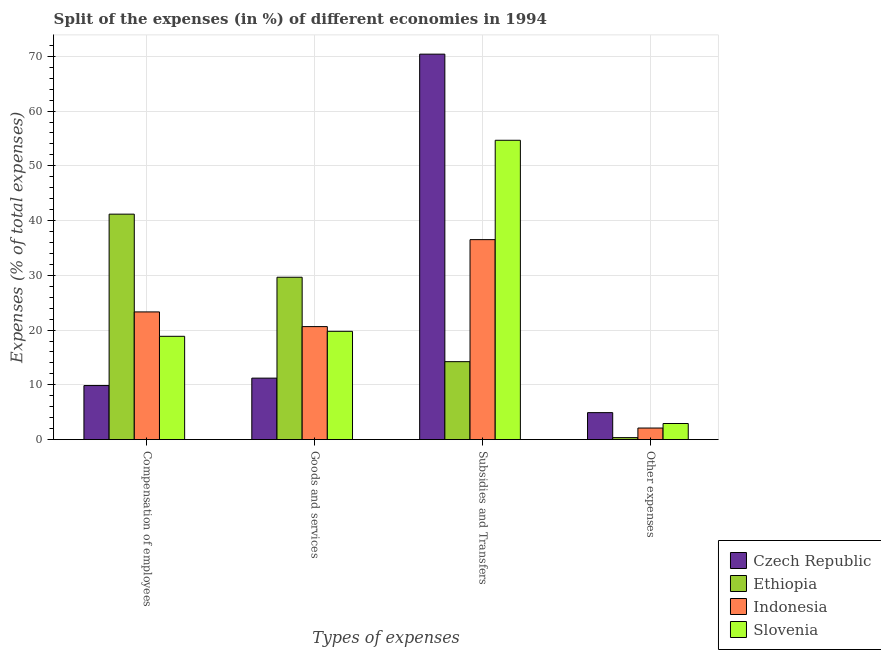
| Types of expenses | Czech Republic | Ethiopia | Indonesia | Slovenia |
 | --- | --- | --- | --- | --- |
 | Compensation of employees | 9.87 | 41.2 | 23.3 | 18.9 |
 | Goods and services | 11.2 | 29.7 | 20.6 | 19.8 |
 | Subsidies and Transfers | 70.4 | 14.2 | 36.5 | 54.7 |
 | Other expenses | 4.92 | 0.363 | 2.11 | 2.94 |